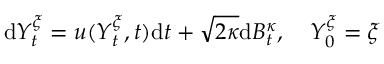
\mathrm { d } Y _ { t } ^ { \xi } = u ( Y _ { t } ^ { \xi } , t ) \mathrm { d } t + \sqrt { 2 \kappa } \mathrm { d } B _ { t } ^ { \kappa } , \quad Y _ { 0 } ^ { \xi } = \xi